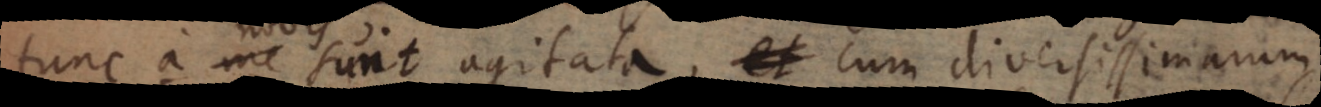
tunc a me nobis sunt agitata, cum diversissimarum